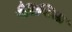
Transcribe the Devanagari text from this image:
पैचिप्टिला